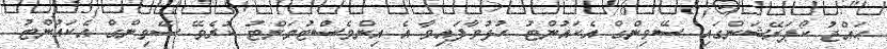
ޙައްޖު ކޯޕަރޭޝަންގައި ސޭވިންގް އެކައުންޓު ހުޅުވާފައިވާ އެ އިންވެސްޓުމަންޓު ކުރެވޭ ސޭވިންގް އެކައުންޓު